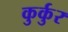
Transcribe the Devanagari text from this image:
कुर्कुर